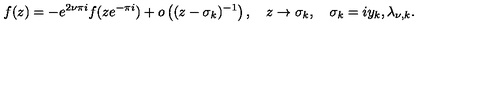
f ( z ) = - e ^ { 2 \nu \pi i } f ( z e ^ { - \pi i } ) + o \left( ( z - \sigma _ { k } ) ^ { - 1 } \right) , \quad z \to \sigma _ { k } , \quad \sigma _ { k } = i y _ { k } , \lambda _ { \nu , k } .